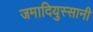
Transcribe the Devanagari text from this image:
जमादियुस्सानी